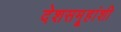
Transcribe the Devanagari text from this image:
देशसमू्हांशी